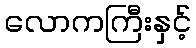
လောကကြီးနှင့်